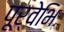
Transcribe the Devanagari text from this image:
पूर्वेभिः